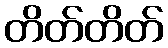
တိတ်တိတ်